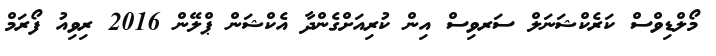
މޯލްޑިވްސް ކަރެކްޝަނަލް ސަރވިސް އިން ކުރިއަށްގެންދާ އެކްޝަން ޕްލޭން 2016 ރިވިއު ފޯރަމް